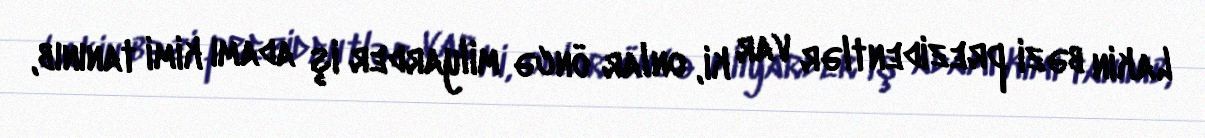
Lakin bəzi prezidentlər var ki, onlar öncə milyarder iş adamı kimi tanınıb,